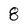
Character: 8